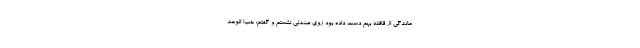
ماندگی از قافله بهم دست داده بود روی صندلی نشستم و گفتم: خب! الوعد